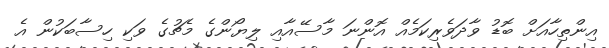
އިންތިހާއަށް ބޮޑު ވާދަވެރިކަމެއް އޮންނަ މާސޭއާއި ލިޔޯންގެ މެޗުގެ ވަކި ހިސާބަކުން އެ